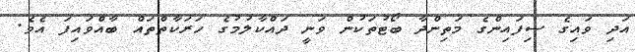
އަދި ވައިގެ ސިފައިންގެ މަތިންދާ ބޯޓުތަކުން ވަނީ ދައްކާލުމުގެ ހަރަކާތްތައް ބާއްވައިފަ އެވެ.